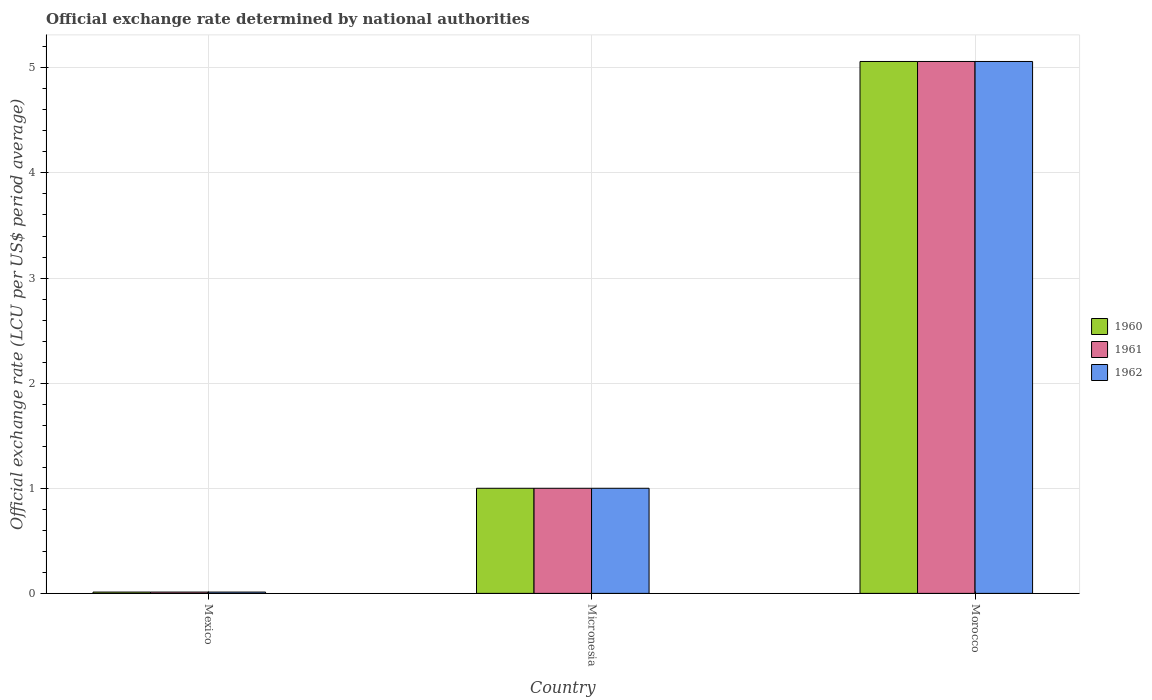
| Country | 1960 | 1961 | 1962 |
 | --- | --- | --- | --- |
 | Mexico | 0.0125 | 0.0125 | 0.0125 |
 | Micronesia | 1 | 1 | 1 |
 | Morocco | 5.06 | 5.06 | 5.06 |